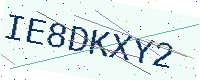
Text: IE8DKXY2